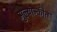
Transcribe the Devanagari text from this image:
मुल्यान्कीत